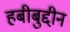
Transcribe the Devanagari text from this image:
हबीबुद्दीन